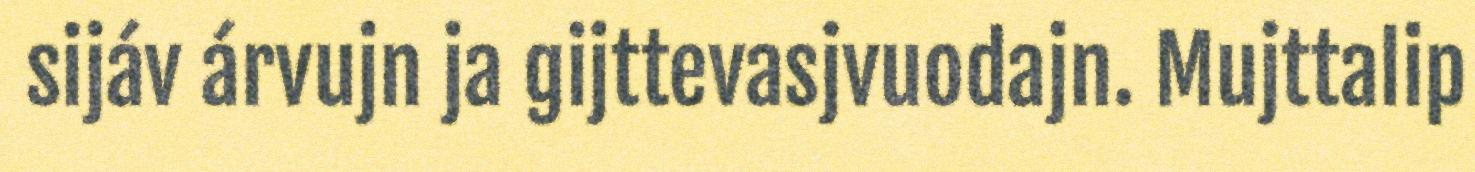
sijáv árvujn ja gijttevasjvuodajn. Mujttalip